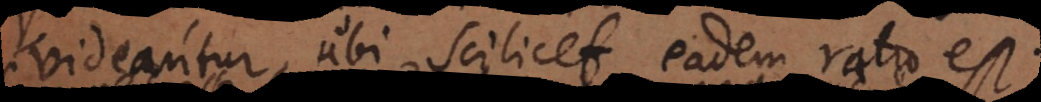
videantur, ubi scilicet eadem ratio est.